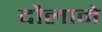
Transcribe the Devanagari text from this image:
दौलाने